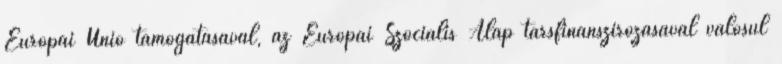
Európai Unió támogatásával, az Európai Szociális Alap társfinanszírozásával valósul